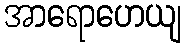
အာရောဟေယျ